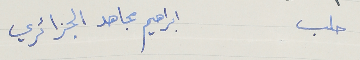
حلب					ابراهيم مجاهد الجزائري